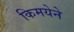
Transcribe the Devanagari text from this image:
किमयेने